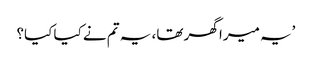
’یہ میرا گھر تھا، یہ تم نے کیا کیا؟